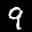
Label: 9